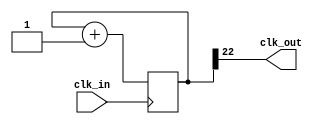
module clkdiv_ms (
	input clk_in,
	output clk_out //
);

	reg [23:0] counter;
`ifdef SIMULATION_TIME
	assign clk_out = counter[2];
`else
	assign clk_out = counter[22];
`endif

	initial begin
		counter = 0;
	end

	always @(posedge clk_in) begin
		counter = counter + 1;
	end

endmodule